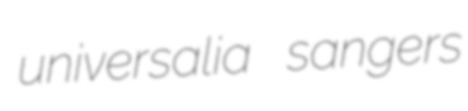
universalia sangers